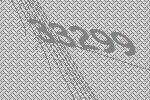
33299